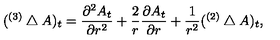
( { } ^ { ( 3 ) } \bigtriangleup A ) _ { t } = { \frac { \partial ^ { 2 } A _ { t } } { \partial r ^ { 2 } } } + { \frac { 2 } { r } } { \frac { \partial A _ { t } } { \partial r } } + { \frac { 1 } { r ^ { 2 } } } ( { } ^ { ( 2 ) } \bigtriangleup A ) _ { t } ,